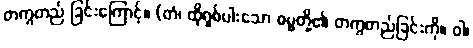
တကွတည် ခြင်းကြောင့်။ (တံ၊ ထိုရှစ်ပါးသော ဓမ္မတို့၏ တကွတည်ခြင်းကို။ ဝါ၊